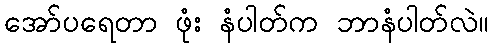
အော်ပရေတာ ဖုံး နံပါတ်က ဘာနံပါတ်လဲ။